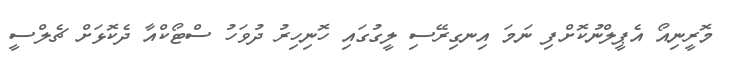
މޮރީނިއޯ އެޕީލްނުކޮށްފި ނަމަ އިނގިރޭސި ލީގުގައި ހޮނިހިރު ދުވަހު ސްޓޯކްއާ ދެކޮޅަށް ޗެލްސީ